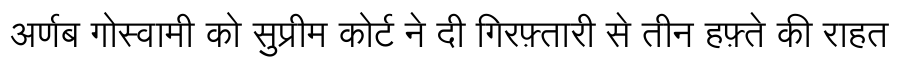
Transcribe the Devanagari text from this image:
अर्णब गोस्वामी को सुप्रीम कोर्ट ने दी गिरफ़्तारी से तीन हफ़्ते की राहत